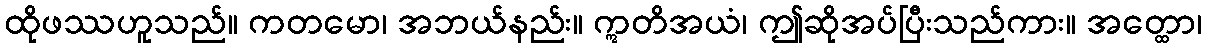
ထိုဖဿဟူသည်။ ကတမော၊ အဘယ်နည်း။ ဣတိအယံ၊ ဤဆိုအပ်ပြီးသည်ကား။ အတ္ထော၊